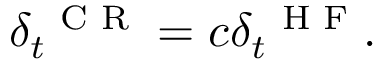
\delta _ { t } ^ { \mathrm { ~ \scriptsize ~ C ~ R ~ } } = c \delta _ { t } ^ { \mathrm { ~ \scriptsize ~ H ~ F ~ } } .